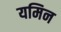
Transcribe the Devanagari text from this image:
यमिन